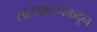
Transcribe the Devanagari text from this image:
साउद्मप्टनकदून